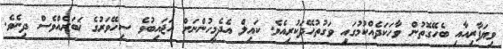
ވިޔަފާރިއާއި ބެހޭގޮތުން ވާހަކަދެއްކުމުގައި ވަގުތުހޭދަކުރިއެވެ. ކައިލް އެދެމީހުންނަށް އަޖައިބުވެ ސިހޭވަރުގެ ޚަބަރެއްވެސް ދިނެވެ.